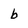
Character: b